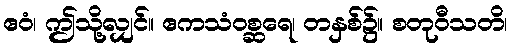
ဧဝံ၊ ဤသို့လျှင်။ ဧကသံဝစ္ဆရေ၊ တနှစ်၌။ စတုဝီသတိ၊